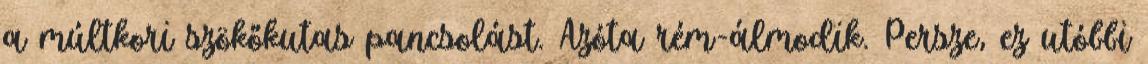
a múltkori szökőkutas pancsolást. Azóta rém-álmodik. Persze, ez utóbbi